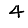
Digit: 4